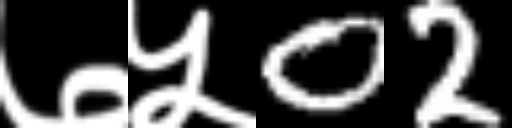
Text: ७५02